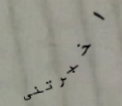
اخبرتنى